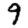
Digit: 9